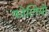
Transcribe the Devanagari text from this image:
फ़ोलियो